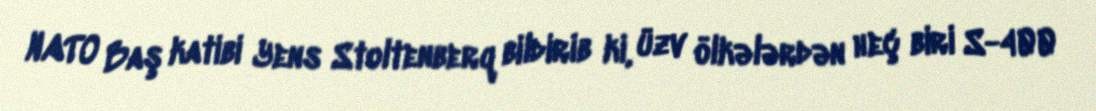
NATO Baş katibi Yens Stoltenberq bildirib ki, üzv ölkələrdən heç biri S-400